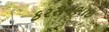
કરસનભાઇ